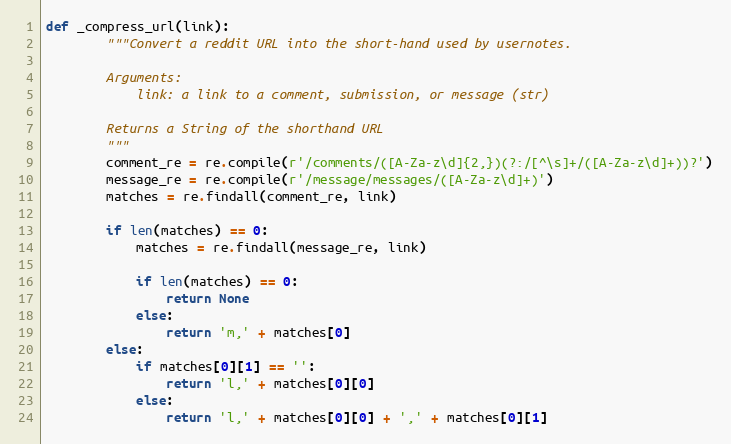
Language: Python
def _compress_url(link):
        """Convert a reddit URL into the short-hand used by usernotes.

        Arguments:
            link: a link to a comment, submission, or message (str)

        Returns a String of the shorthand URL
        """
        comment_re = re.compile(r'/comments/([A-Za-z\d]{2,})(?:/[^\s]+/([A-Za-z\d]+))?')
        message_re = re.compile(r'/message/messages/([A-Za-z\d]+)')
        matches = re.findall(comment_re, link)

        if len(matches) == 0:
            matches = re.findall(message_re, link)

            if len(matches) == 0:
                return None
            else:
                return 'm,' + matches[0]
        else:
            if matches[0][1] == '':
                return 'l,' + matches[0][0]
            else:
                return 'l,' + matches[0][0] + ',' + matches[0][1]